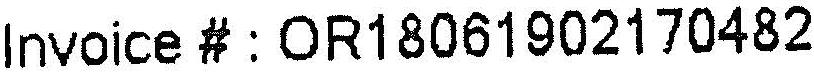
INVOICE # : OR18061902170482